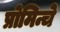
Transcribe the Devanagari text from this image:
प्रोमिन्चे